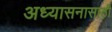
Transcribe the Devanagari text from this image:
अध्यासनासाठी